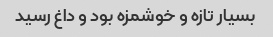
بسیار تازه و خوشمزه بود و داغ رسید